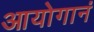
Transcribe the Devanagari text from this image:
आयोगानं